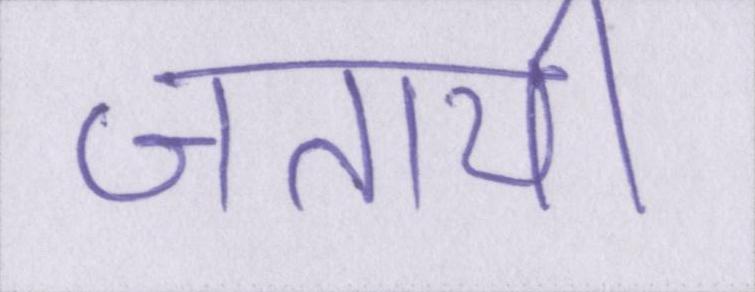
जतायी